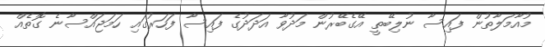
މުއާމަލާތުން ފައިސާ ނުލިބޭތީ އޭގެބޭރުން މަދުވާ އަދަދުގެ ފައިސާ ފަހަރުގައި ހަމަޖައްސާނެ ގޮތެއް